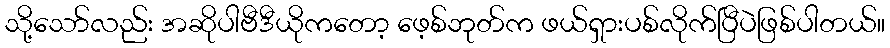
သို့သော်လည်း အဆိုပါဗီဒီယိုကတော့ ဖေ့စ်ဘုတ်က ဖယ်ရှားပစ်လိုက်ပြီပဲဖြစ်ပါတယ်။